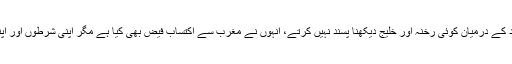
وہ قدیم اور جدید کے درمیان کوئی رخنہ اور خلیج دیکھنا پسند نہیں کرتے، انہوں نے مغرب سے اکتساب فیض بھی کیا ہے مگر اپنی شرطوں اور اپنے اصولوں پر۔